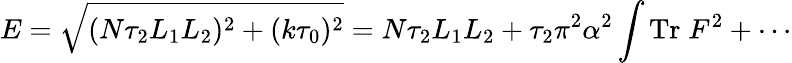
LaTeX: E=\sqrt{(N\tau_{2}L_{1}L_{2})^{2}+(k\tau_{0})^{2}}=N\tau_{2}L_{1}L_{2}+\tau_{2}\pi^{2}\alpha^{2}\int\mathrm{Tr}\; F^{2}+\cdots